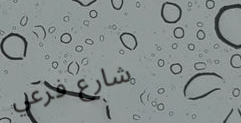
شارع فرعي